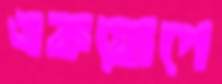
একযোগে